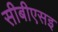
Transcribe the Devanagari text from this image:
सीबीएसइ